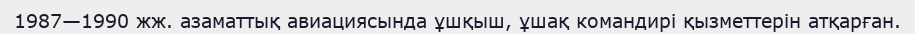
1987—1990 жж. азаматтық авиациясында ұшқыш, ұшақ командирі қызметтерін атқарған.